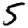
Digit: 5